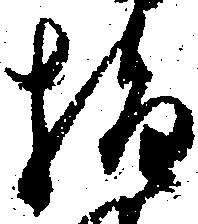
指